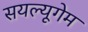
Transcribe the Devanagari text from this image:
सयल्यूगेम